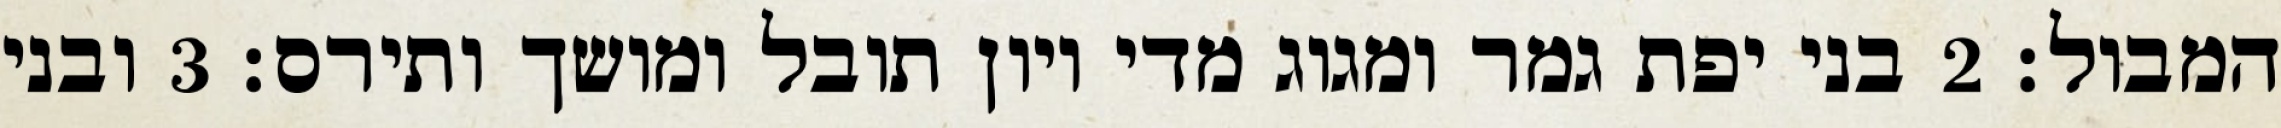
המבול׃ ‎2‏ בני יפת גמר ומגוג מדי ויון תובל ומושך ותירס׃ ‎3‏ ובני